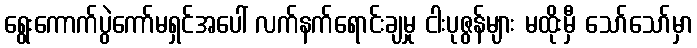
ရွေးကောက်ပွဲကော်မရှင်အပေါ် လက်နက်ရောင်းချမှု ငါးပုဇွန်များ မထိုးမှီ သော်သော်မှာ